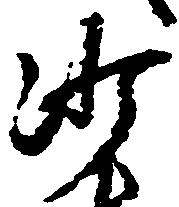
沙